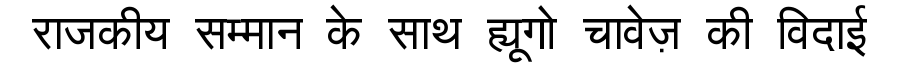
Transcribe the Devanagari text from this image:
राजकीय सम्मान के साथ ह्यूगो चावेज़ की विदाई